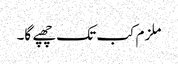
ملزم کب تک چھپے گا۔